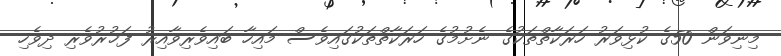
މިނިވަން 50ގެ ކުޅިވަރު ހަރަކާތްތަކުގެ ނެށުމުގެ ހަރަކާތްތަކުގައިވެސް މައިހާ ބައިވެރިވާއިރު ފަޚުރުވެރި ދިވެހި